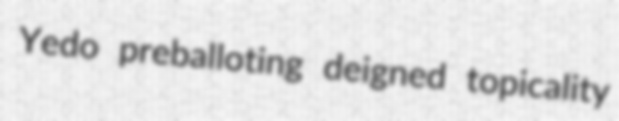
Yedo preballoting deigned topicality